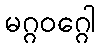
မဂ္ဂဝဂ္ဂေါ